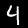
Label: 4